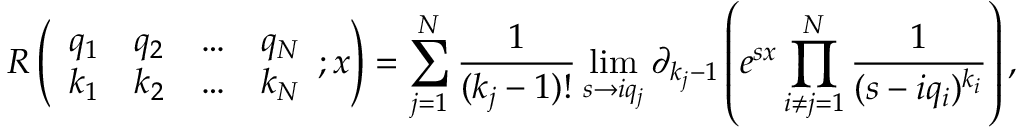
R \left( \begin{array} { l l l l } { q _ { 1 } } & { q _ { 2 } } & { \ldots } & { q _ { N } } \\ { k _ { 1 } } & { k _ { 2 } } & { \ldots } & { k _ { N } } \end{array} ; x \right) = \sum _ { j = 1 } ^ { N } \frac { 1 } { ( k _ { j } - 1 ) ! } \operatorname* { l i m } _ { s \to i q _ { j } } \partial _ { k _ { j } - 1 } \left( e ^ { s x } \prod _ { i \neq j = 1 } ^ { N } \frac { 1 } { ( s - i q _ { i } ) ^ { k _ { i } } } \right) ,